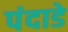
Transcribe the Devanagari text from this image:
पंदाडे